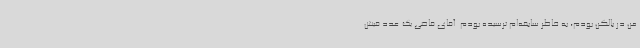
من در بالکن بودم، به خاطر سابقه‌ام ترسیده بودم. آقای قاضی یک عدد فیش